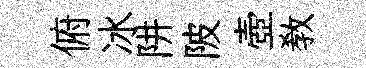
俯冰阱陂壺敎